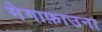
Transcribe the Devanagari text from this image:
मेगाफ़ाउना